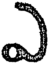
ఎ